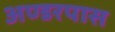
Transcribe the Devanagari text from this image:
अण्डरपास